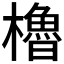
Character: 櫓